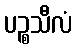
ပဉ္စသီလံ